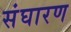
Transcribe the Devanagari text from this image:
संघारण